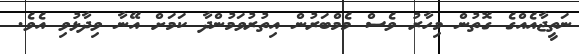
ނަތީޖާއެއްގެ ގޮތުން މިހާރު ވެސް މެމްބަރުން އިތުރުވަމުންދާ ކަމަށް އޭނާ ވިދާޅުވި އެވެ.